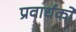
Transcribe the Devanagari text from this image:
प्रवार्धकों